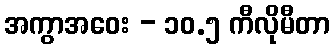
အကွာအဝေး - ၁၀.၅ ကီလိုမီတာ